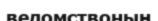
ведомствоның